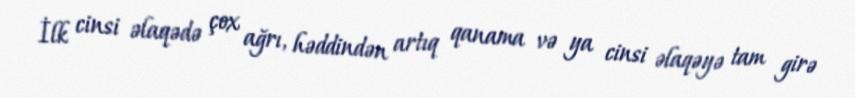
İlk cinsi əlaqədə çox ağrı, həddindən artıq qanama və ya cinsi əlaqəyə tam girə